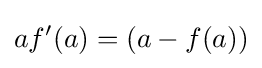
af'(a)=(a-f(a))